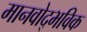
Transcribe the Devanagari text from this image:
मानवोद्भविक